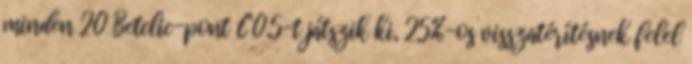
minden 20 Betclic-pont €0.5-t játszik ki, 25%-os visszatérítésnek felel